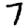
Digit: 7